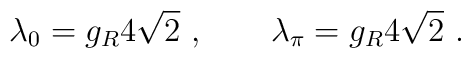
\lambda_0=g_R4\sqrt{2}\ ,\qquad  \lambda_\pi=g_R4\sqrt{2}\ .